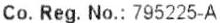
CO. REG. NO.: 795225-A